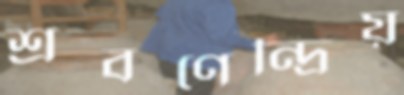
শ্রবণেন্দ্রিয়